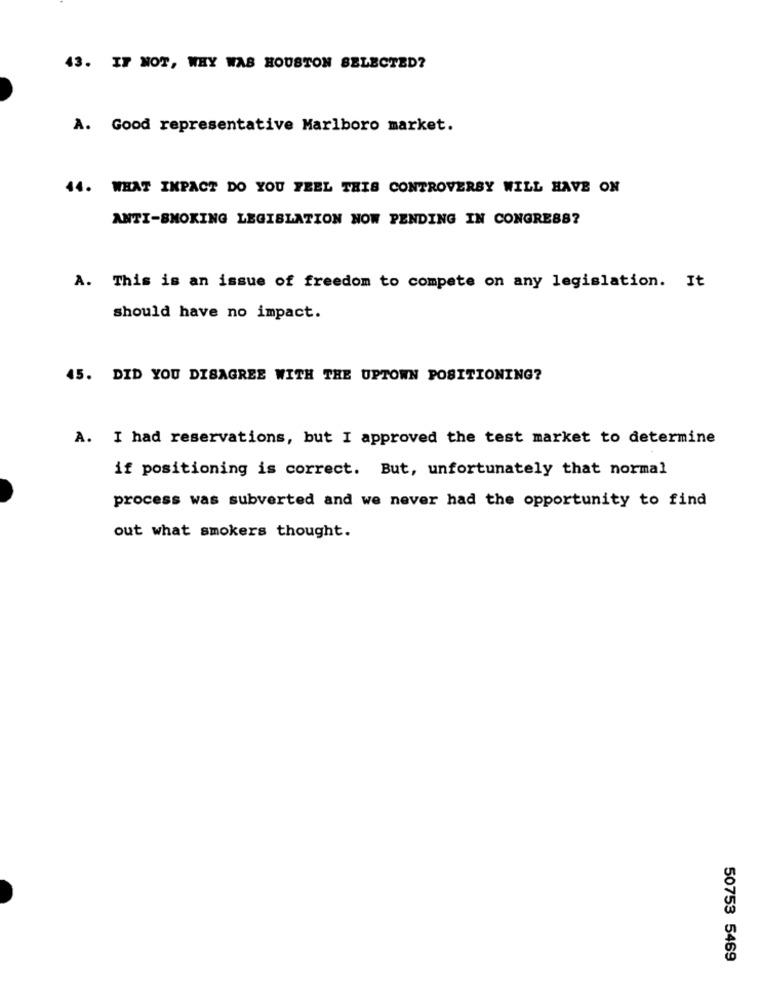
43. IF NOT, WHY WAS HOUSTON SELECTED?
A. Good representative Marlboro market.
44. WHAT IMPACT DO YOU FEEL THIS CONTROVERSY WILL HAVE ON
ANTI-SMOKING LEGISLATION NOW PENDING IN CONGRESS?
A. This is an issue of freedom to compete on any legislation. It
should have no impact.
45. DID YOU DISAGREE WITH THE UPTOWN POSITIONING?
A. I had reservations, but I approved the test market to determine
if positioning is correct. But, unfortunately that normal
process was subverted and we never had the opportunity to find
out what smokers thought.
50753 5469